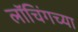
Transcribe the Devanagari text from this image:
लॉचिंगच्या